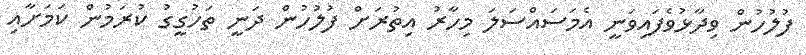
ފުލުހުން ވިދާޅުވެފައިވަނީ އެމަސައްސަލަ މިހާރު އިތުރަށް ފުލުހުން ދަނީ ތަހުގީގު ކުރަމުން ކަމަށާއި